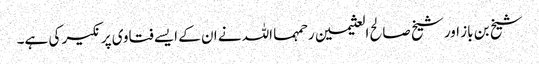
شیخ بن باز اور شیخ صالح العثیمین رحمہما اللہ نے ان کے ایسے فتاوی پر نکیر کی ہے۔